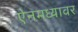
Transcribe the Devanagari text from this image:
ऐनमध्यावर